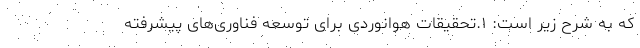
که به شرح زیر است: ۱.تحقیقات هوانوردی برای توسعه فناوری‌های پیشرفته